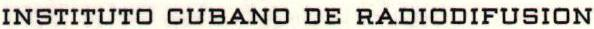
INSTITUTO CUBANO DE RADIODIFUSION